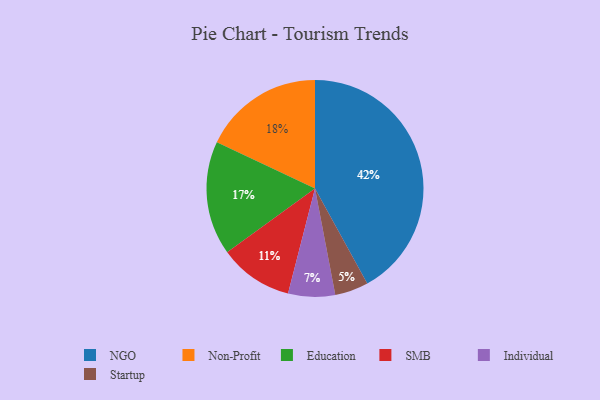
{"axis": {"x": "Category", "y": "Percentage"}, "legend": ["Education", "Individual", "NGO", "Non-Profit", "SMB", "Startup"], "data": [{"x": "Non-Profit", "y": 18, "type": "Non-Profit"}, {"x": "Startup", "y": 5, "type": "Startup"}, {"x": "NGO", "y": 42, "type": "NGO"}, {"x": "SMB", "y": 11, "type": "SMB"}, {"x": "Education", "y": 17, "type": "Education"}, {"x": "Individual", "y": 7, "type": "Individual"}]}